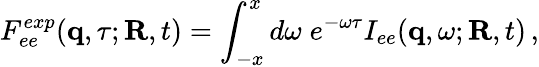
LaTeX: F_{ee}^{exp}({\mathbf q},\tau;{\mathbf R},t)=\int_{-x}^{x}d\omega\; e^{-\omega\tau}I_{ee}({\mathbf q},\omega;{\mathbf R},t)\, ,